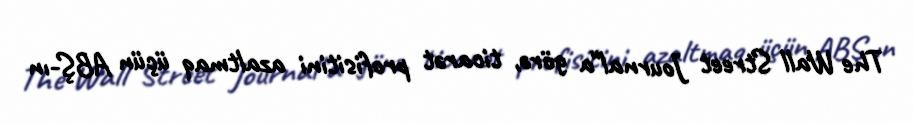
The Wall Street Journal"a görə, ticarət profisitini azaltmaq üçün ABŞ-ın